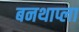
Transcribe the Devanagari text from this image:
बनथाप्ला